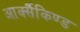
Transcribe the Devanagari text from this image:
आर्क्सैकिण्ड